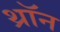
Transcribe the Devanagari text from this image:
थ्रॉन